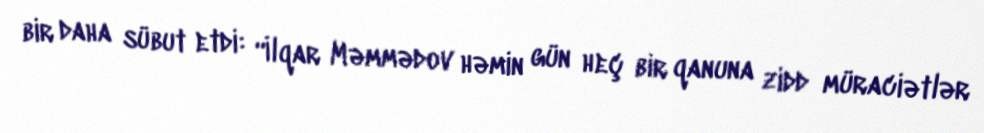
bir daha sübut etdi: “İlqar Məmmədov həmin gün heç bir qanuna zidd müraciətlər